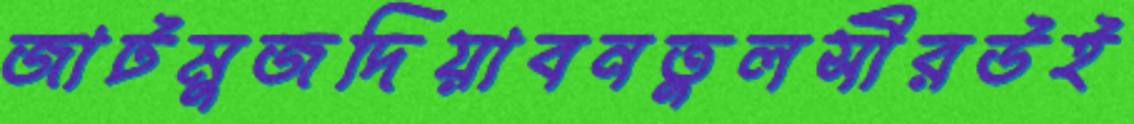
জাটমুজদিয়াবনতুলসীরউই